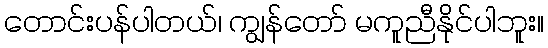
တောင်းပန်ပါတယ်၊ ကျွန်တော် မကူညီနိုင်ပါဘူး။